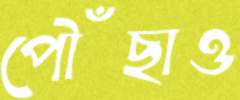
পৌঁছাও